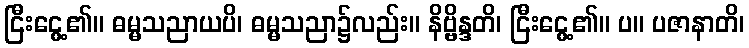
ငြီးငွေ့၏။ ဓမ္မသညာယပိ၊ ဓမ္မသညာ၌လည်း။ နိဗ္ဗိန္ဒတိ၊ ငြီးငွေ့၏။ ပ။ ပဇာနာတိ၊